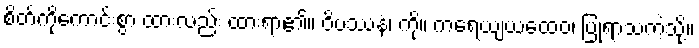
စိတ်ကိုကောင်းစွာ ထားလည်း ထားရာ၏။ ဝိပဿနံ၊ ကို။ ကရေယျယထေဝ၊ ပြုရာသကဲ့သို့။